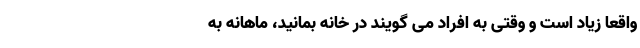
واقعا زیاد است و وقتی به افراد می گویند در خانه بمانید، ماهانه به